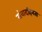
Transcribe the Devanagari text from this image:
संवादहिनता